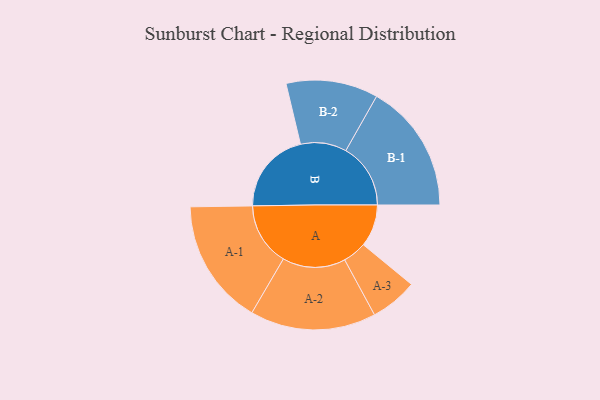
{"axis": {"x": "Segment", "y": "Value"}, "legend": ["", "A", "B"], "data": [{"x": "A", "y": 189, "type": ""}, {"x": "B", "y": 371, "type": ""}, {"x": "A-1", "y": 282, "type": "A"}, {"x": "A-2", "y": 282, "type": "A"}, {"x": "A-3", "y": 106, "type": "A"}, {"x": "B-1", "y": 290, "type": "B"}, {"x": "B-2", "y": 206, "type": "B"}]}